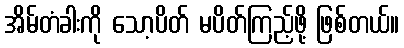
အိမ်တံခါးကို သော့ပိတ် မပိတ်ကြည့်ဖို့ ဖြစ်တယ်။